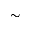
\sim